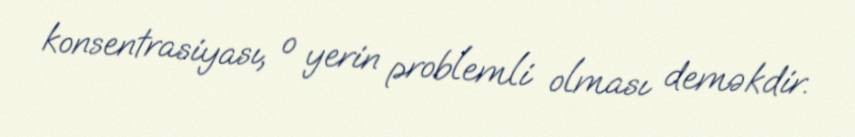
konsentrasiyası, o yerin problemli olması deməkdir.